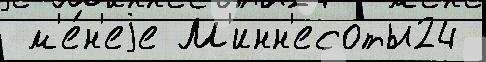
 м'е́н'еjе М'инн'есоты24